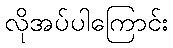
လိုအပ်ပါကြောင်း